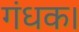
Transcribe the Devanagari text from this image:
गंधक।